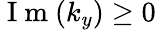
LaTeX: \mathrm{~I~m~}(k_{y})\ge 0